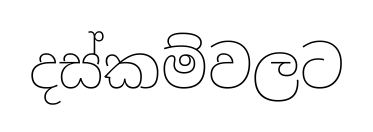
දස්කම්වලට